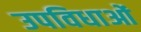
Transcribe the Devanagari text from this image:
उपविधाओं